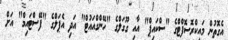
އެގޮތުން މައިކްރޮސޮފްޓްގެ "ސްކައިޕް" އާއި ގޫގަލްގެ "ހޭންގްއައުޓް" އަދި އެޕަލްގެ "ފޭސްޓައިމް" އަށް